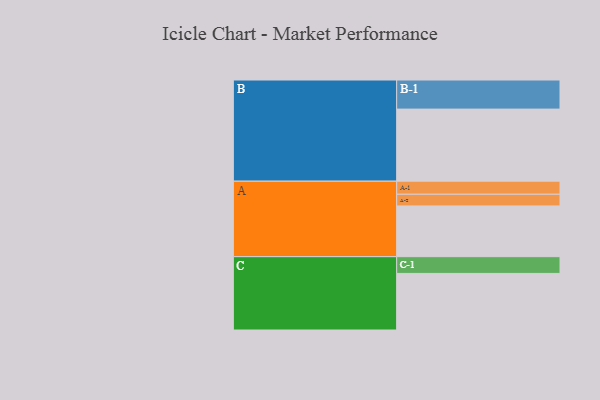
{"axis": {"x": "Segment", "y": "Value"}, "legend": ["", "A", "B", "C"], "data": [{"x": "A", "y": 373, "type": ""}, {"x": "B", "y": 530, "type": ""}, {"x": "C", "y": 416, "type": ""}, {"x": "A-1", "y": 96, "type": "A"}, {"x": "A-2", "y": 86, "type": "A"}, {"x": "B-1", "y": 214, "type": "B"}, {"x": "C-1", "y": 123, "type": "C"}]}